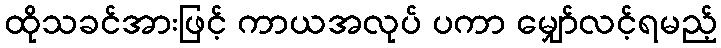
ထိုသခင်အားဖြင့် ကာယအလုပ် ပကာ မျှော်လင့်ရမည့်